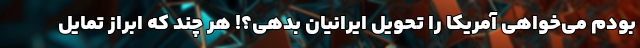
بودم می‌خواهی آمریکا را تحویل ایرانیان بدهی؟! هر چند که ابراز تمایل